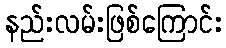
နည်းလမ်းဖြစ်ကြောင်း